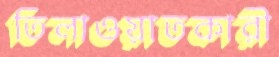
তিলাওয়াতকারী